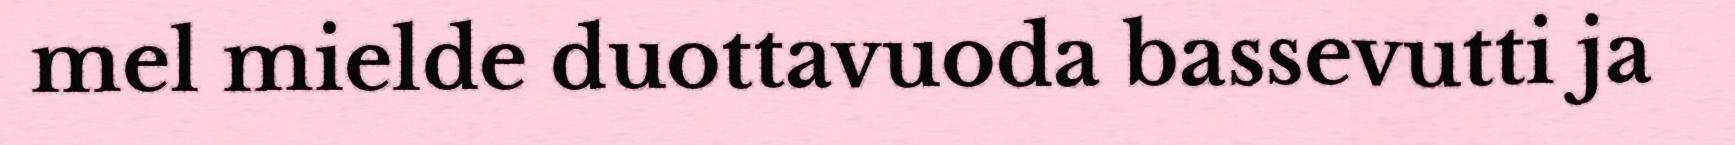
mel mielde duottavuoda bassevutti ja